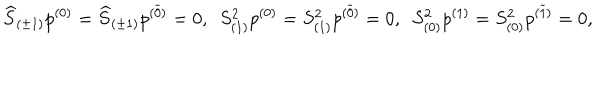
LaTeX: \widehat { S } _ { ( \pm 1 ) } p ^ { ( 0 ) } = \widehat { S } _ { ( \pm 1 ) } p ^ { ( \widetilde { 0 } ) } = 0 , ~ ~ S _ { ( 1 ) } ^ { 2 } p ^ { ( 0 ) } = S _ { ( 1 ) } ^ { 2 } p ^ { ( \widetilde { 0 } ) } = 0 , ~ ~ S _ { ( 0 ) } ^ { 2 } p ^ { ( 1 ) } = S _ { ( 0 ) } ^ { 2 } p ^ { ( \widetilde { 1 } ) } = 0 ,